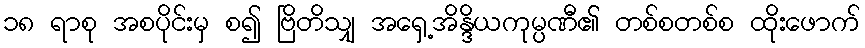
၁၈ ရာစု အစပိုင်းမှ စ၍ ဗြိတိသျှ အရှေ့အိန္ဒိယကုမ္ပဏီ၏ တစ်စတစ်စ ထိုးဖောက်